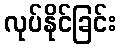
လုပ်နိုင်ခြင်း